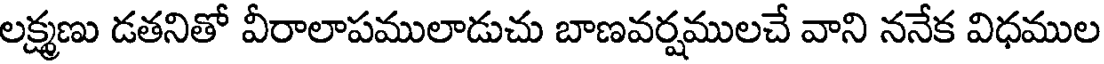
లక్ష్మణు డతనితో వీరాలాపములాడుచు బాణవర్షములచే వాని ననేక విధముల